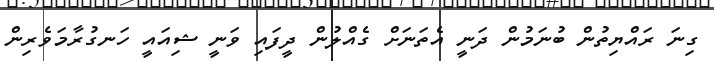
ގިނަ ރައްޔިތުން ބުނަމުން ދަނީ އެތަނަށް ގެއްލުން ދީފައި ވަނީ ޝިއައީ ހަނގުރާމަވެރިން